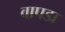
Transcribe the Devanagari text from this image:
वापडा